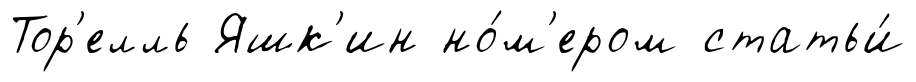
Тор'елль Яшк'ин но́м'ером статьи́